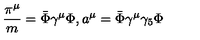
\frac { \pi ^ { \mu } } { m } = \bar { \Phi } \gamma ^ { \mu } \Phi , a ^ { \mu } = \bar { \Phi } \gamma ^ { \mu } \gamma _ { 5 } \Phi